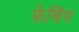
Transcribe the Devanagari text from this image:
फेचिंग